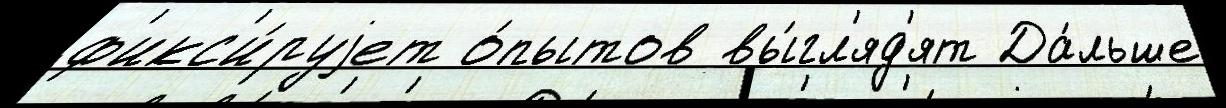
ф'икс'и́руjет о́пытов вы́гл'яд'ят Да́льше